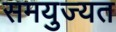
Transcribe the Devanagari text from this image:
समयुज्यत